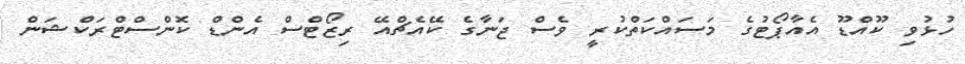
ހުޅުވި ކޫއްޑޫ އެއާޕޯޓުގެ މަސައްކަތްކުރީ ވެސް ޖަނާގެ ކޭއެޗްއޭ ރިޒޯޓްސް އެންޑް ކޮންސްޓްރަކްޝަން